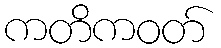
ကတိကဝတ်